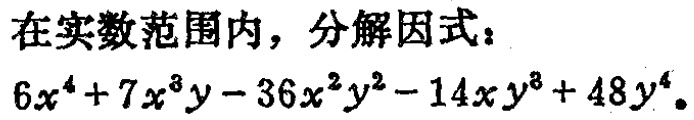
在实数范围内，分解因式：
\(6x^{4}+7x^{3}y - 36x^{2}y^{2}-14xy^{3}+48y^{4}\)。